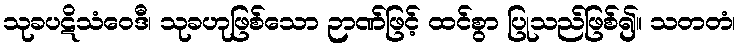
သုခပဋိသံဝေဒီ၊ သုခဟုဖြစ်သော ဉာဏ်ဖြင့် ထင်စွာ ပြုသည်ဖြစ်၍။ သတတံ၊